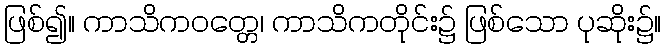
ဖြစ်၍။ ကာသိကဝတ္တေ၊ ကာသိကတိုင်း၌ ဖြစ်သော ပုဆိုး၌။